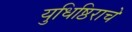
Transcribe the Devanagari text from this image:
युधिष्ठिराचे